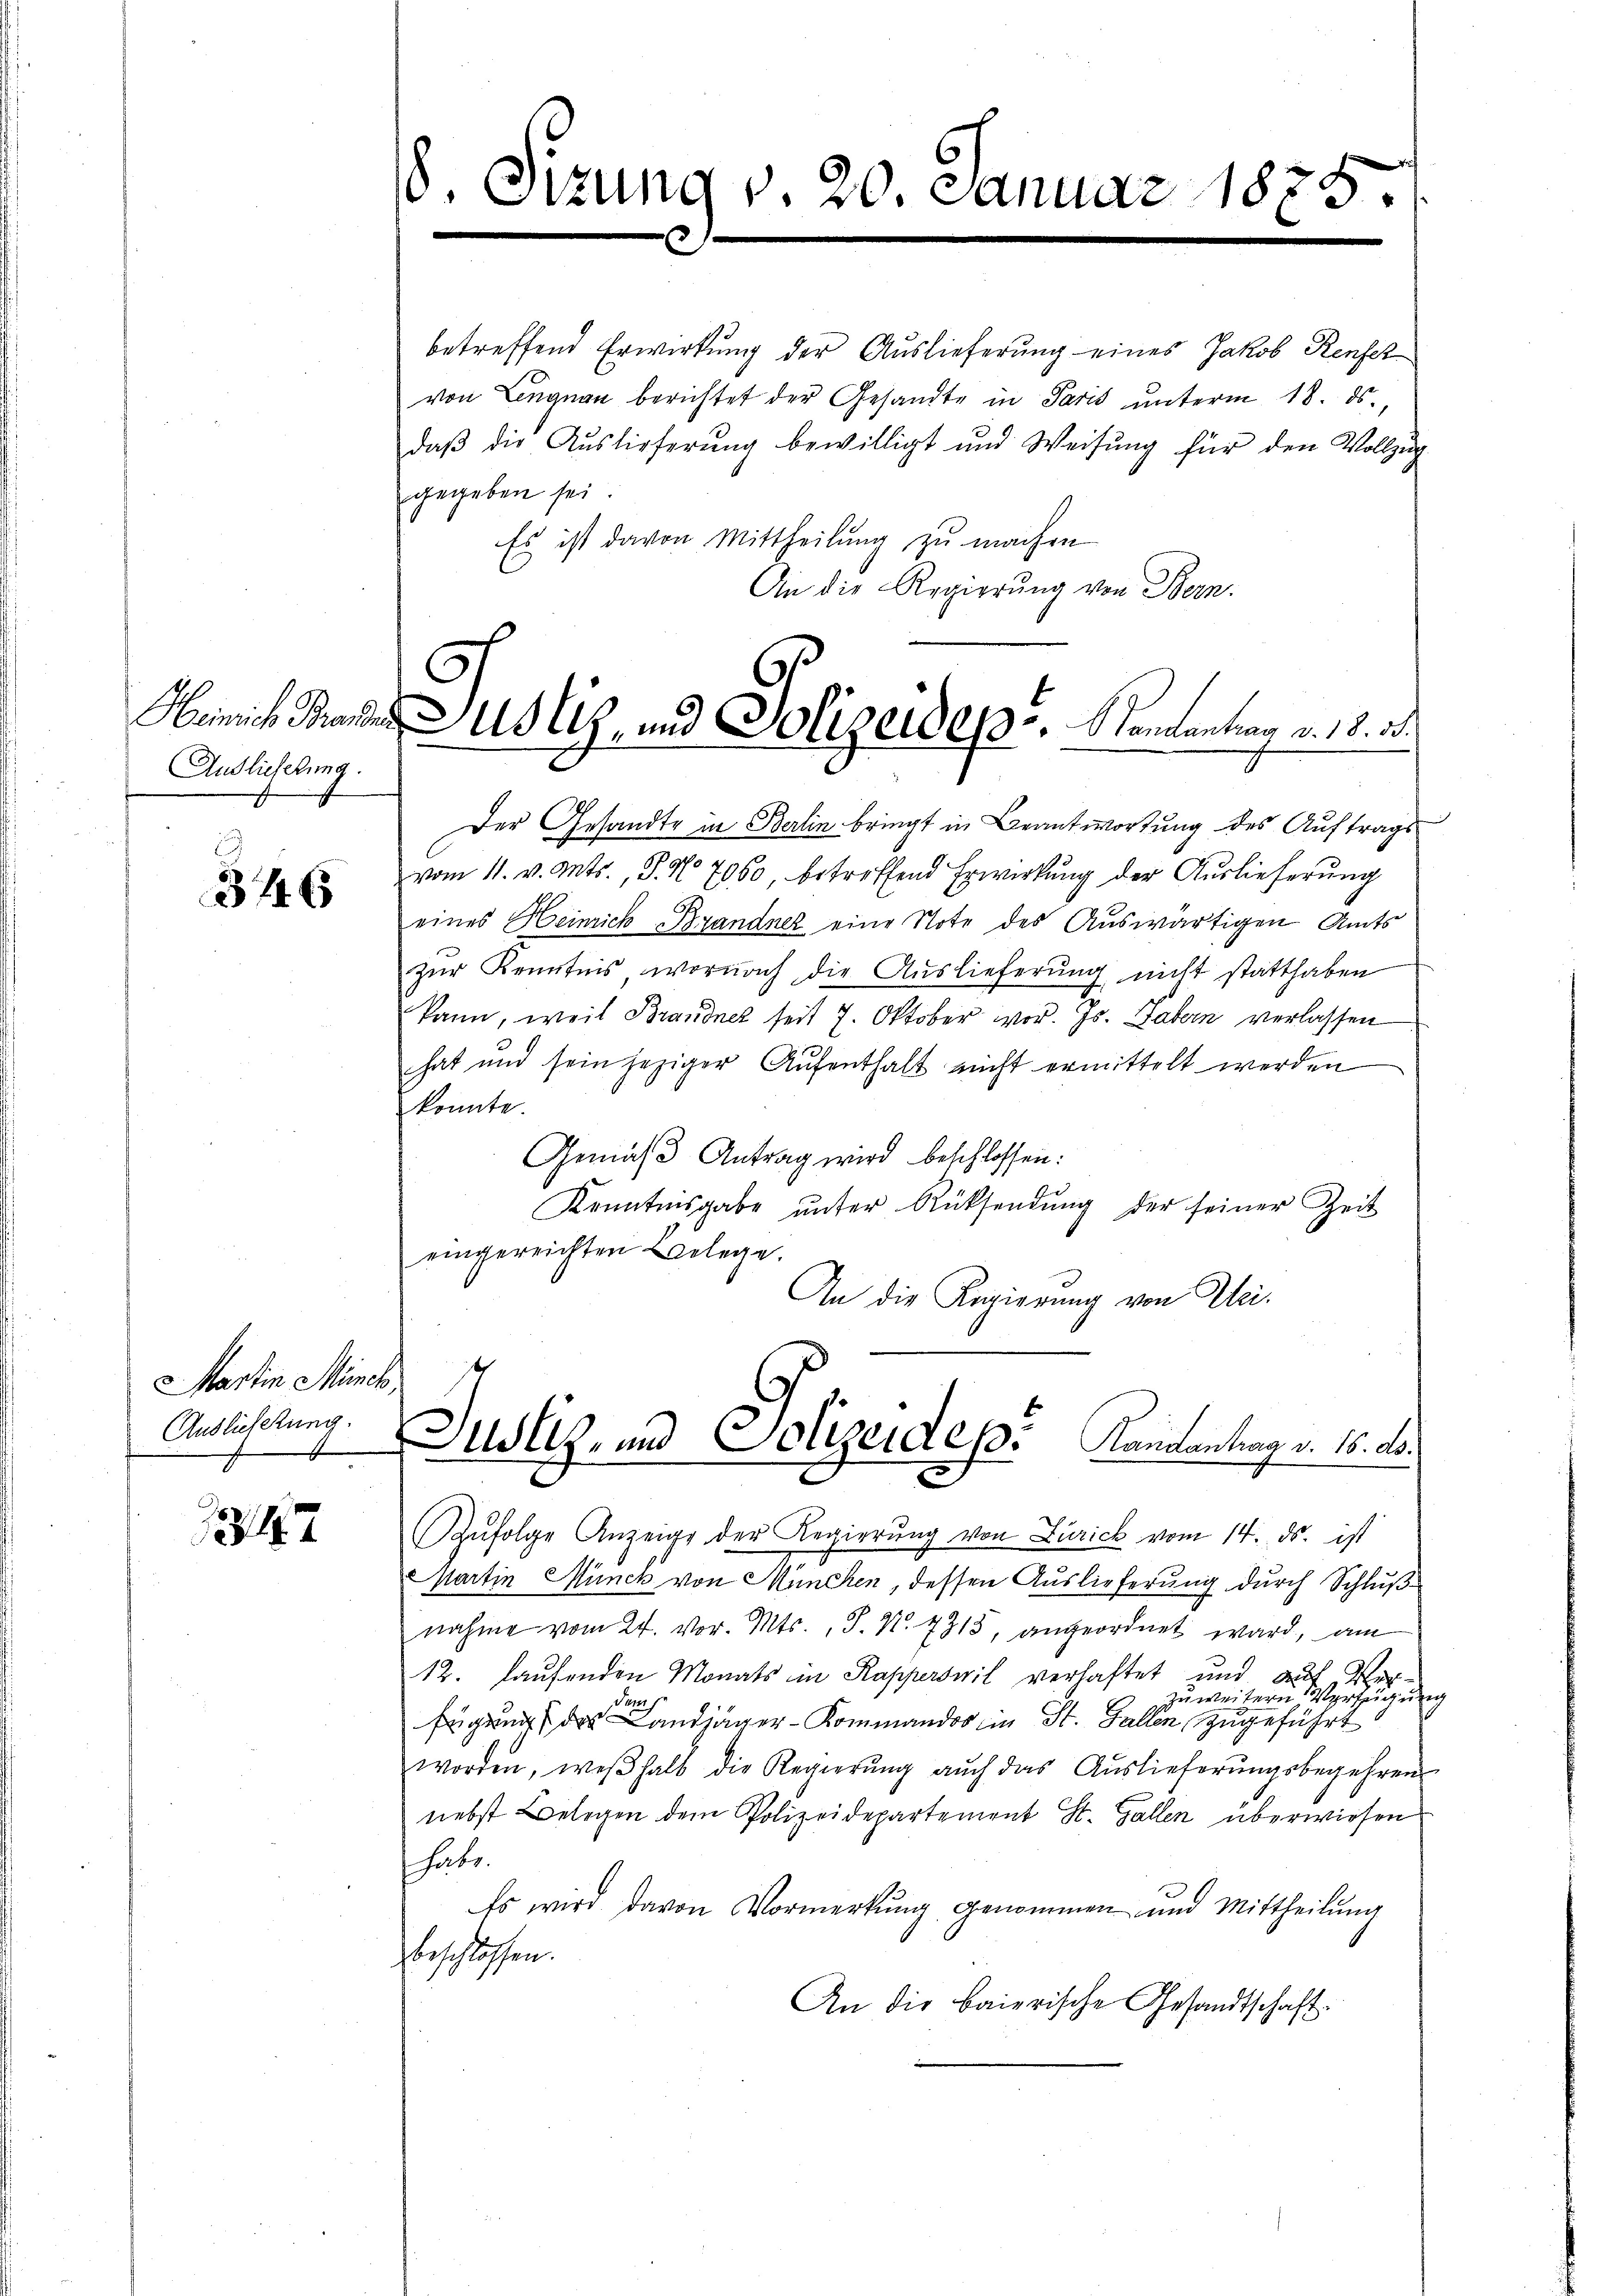
Auslieferung.

3446

Martin Münch,
Andlichtung.

12182

8. Sitzung v. 20. Januar 1875.

betreffend Erwirkung der Auslieferung eines Jakob Renfez
von Lengnau berichtet der Gesandte in Paris unterm 18. ds.,
daβ die Auslieferŭng bewilligt und Weisŭng für den Vollzug
gegeben sei.
Es ist davon Mittheilung zu machen
An die Regierung von Bern.

Heinrich Brander Justiz- und Polizeidep. Randantrag v. 18. d.

Der Gesandte in Berlin bringt in Beantwortung des Auftrags
vom 11. v. Mts., P. No 7060, betreffend Erwirkung der Auslieferung
eines Heinrich Brandner eine Note des Auswärtigen Amts
zŭr Kenntnis wornach die Auslieferung nicht statthaben
kann, weil Brandnet seit 7. Oktober vor. Js. abern verlassen
hat und sein jeziger Aŭfenthalt nicht ermittelt werden
konnte.
Gemäß Antrag wird beschlossen:
Kenntnisgabe ŭnter Rücksendŭng der seiner Zeit
eingereichten Belege.
An die Regierung von Uri.

Justiz- und Polizeidep. Kantantrag v. 15. d.

Zŭfolge Anzeige der Regierŭng von Zürick vom 14. ds. ist
Martin Münch von München, dessen Auslieferung durch Schluß
nahme vom 24. vor. Mts., S. N. 7315, angeordnet ward, am
12. laufenden Monats in Kapperswil verhaftet und auf Ver
Verzeichung
zu weitern
B
fügung des Landjäger-Kommandos in St. Gallen zugeführt
worden, weshalb die Regierŭng aŭch das Aŭslieferŭngsbegehren
nebst Belegen dem Polizeidepartement St. Gallen überwiesen
habe.
Es wird davon Vormerkung genommen und Mittheilŭng
beschlossen.
An die baierische Gesandtschaft.